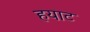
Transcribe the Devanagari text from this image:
हयाट